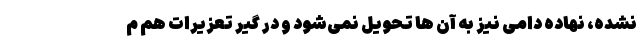
نشده، نهاده دامی نیز به آن ها تحویل نمی‌شود و در گیر تعزیرات هم م